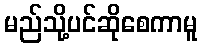
မည်သို့ပင်ဆိုစေကာမူ